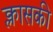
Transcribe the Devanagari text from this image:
क्लासकी